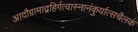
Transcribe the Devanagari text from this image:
आदौग्रामाद्वहिर्गत्वास्नानंकुर्यात्सचैलकं